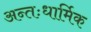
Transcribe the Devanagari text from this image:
अन्तःधार्मिक